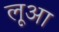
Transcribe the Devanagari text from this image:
लूआ